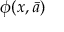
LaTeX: \phi ( x , { \bar { a } } )